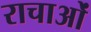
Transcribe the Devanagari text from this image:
राचाओं